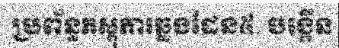
ប្រព័ន្ធភស្តុភារឆ្លងដែន៥. បង្កើន